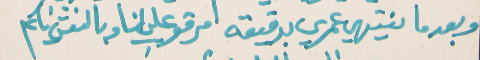
وبعدما ينتهي عمري بدقيقه   امرقو عليي انا وبالنعش نايم